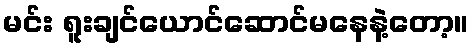
မင်း ရူးချင်ယောင်ဆောင်မနေနဲ့တော့။